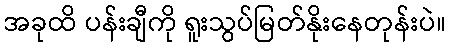
အခုထိ ပန်းချီကို ရူးသွပ်မြတ်နိုးနေတုန်းပဲ။